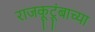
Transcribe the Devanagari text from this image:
राजकूटूंबाच्या